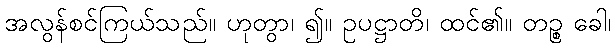
အလွန်စင်ကြယ်သည်။ ဟုတွာ၊ ၍။ ဥပဋ္ဌာတိ၊ ထင်၏။ တဉ္စ ခေါ၊